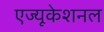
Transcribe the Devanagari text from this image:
एज्यूकेशनल